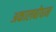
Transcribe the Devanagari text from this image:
अकालबोधन